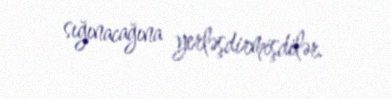
sığınacağına yerləşdirmişdilər.